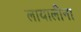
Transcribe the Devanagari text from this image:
लायालीना